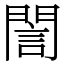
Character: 誾